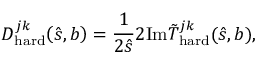
D _ { \mathrm { h a r d } } ^ { j k } \! \left( \hat { s } , b \right) = \frac { 1 } { 2 \hat { s } } 2 \mathrm { I m } \tilde { T } _ { \mathrm { h a r d } } ^ { j k } ( \hat { s } , b ) ,